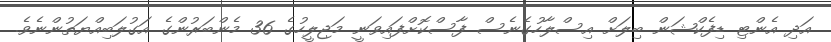
އަދި އެންޓި ޑިފެކްޝަން ބިލަށް އިސްލާހުގެނެސް ފާސްކޮށްފައިވަނީ މަޖިލީހުގެ 36 މެންބަރުންގެ އަގުލަބިއްޔަތުންނެވެ.